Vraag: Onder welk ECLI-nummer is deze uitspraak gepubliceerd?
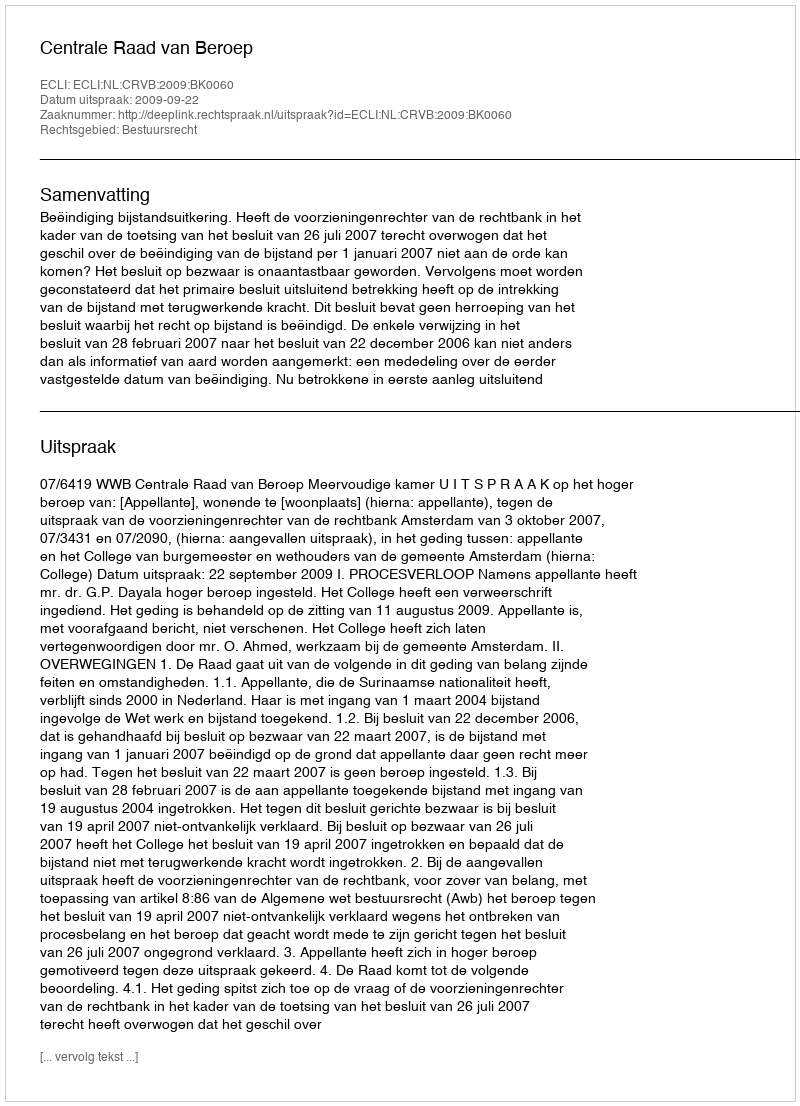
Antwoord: ECLI:NL:CRVB:2009:BK0060